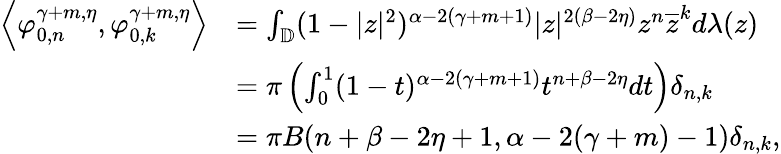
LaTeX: \begin{array}{rl}{{\left\langle{\varphi_{0,n}^{\gamma+m,\eta},\varphi_{0,k}^{\gamma+m,\eta}}\right\rangle}}&{=\int_{\mathbb{D}}(1-|z|^{2})^{\alpha-2(\gamma+m+1)}|z|^{2(\beta-2\eta)}z^{n}\overline{{z}}^{k}d\lambda(z)}\\ &{=\pi\left(\int_{0}^{1}(1-t)^{\alpha-2(\gamma+m+1)}t^{n+\beta-2\eta}dt\right)\delta_{n,k}}\\ &{=\pi B(n+\beta-2\eta+1,\alpha-2(\gamma+m)-1)\delta_{n,k},}\end{array}